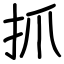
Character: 抓